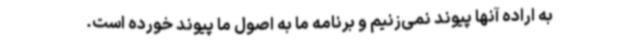
به اراده آنها پیوند نمی‌زنیم و برنامه ما به اصول ما پیوند خورده است.